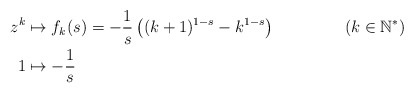
\begin{align*} z^k &\mapsto f_k(s)=- \frac{1}{s} \left( (k+1)^{1-s} - k^{1-s}\right) && (k \in \mathbb{N^*}) \\1 &\mapsto -\frac{1}{s}\end{align*}